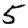
Digit: 5